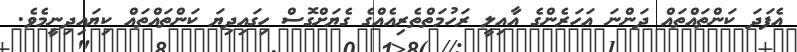
އެފަދަ ކަންތައްތައް ދަންނަ އަހަރެންގެ އާއިލީ ރަހުމަތްތެރިއެއްގެ ގެޔަށްގޮސް ހިގައިދިޔަ ކަންތައްތައް ކިޔައިދިނީމެވެ.